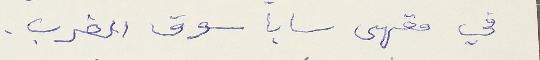
في مقهى سابا سوق الغرب.